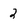
Character: 2